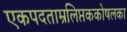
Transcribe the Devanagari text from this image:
एकपदताम्रलिप्तककोषलका